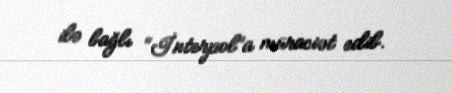
ilə bağlı “İnterpol”a müraciət edib.